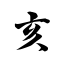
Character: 亥